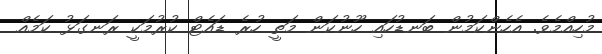
މުހިއްމެވެ. އެހެންކަމުން ބަނޑުހައި ހޫނުކަން މަތީ ހުރެ ޑައެޓް ކުރުމަކީ ރަނގަޅު ކަމެއް